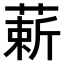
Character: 𫉈